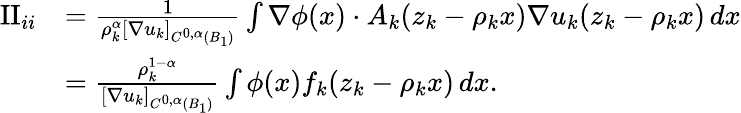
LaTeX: \begin{array}{rl}{\textrm{II}_{ii}}&{=\frac{1}{\rho_{k}^{\alpha}[\nabla u_{k}]_{C^{0,\alpha}(B_{1})}}\int\nabla\phi(x)\cdot A_{k}(z_{k}-\rho_{k}x)\nabla u_{k}(z_{k}-\rho_{k}x)\, dx}\\ &{=\frac{\rho_{k}^{1-\alpha}}{[\nabla u_{k}]_{C^{0,\alpha}(B_{1})}}\int\phi(x)f_{k}(z_{k}-\rho_{k}x)\, dx.}\end{array}